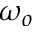
\omega _ { o }